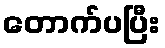
တောက်ပပြီး